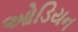
ઓડિયન